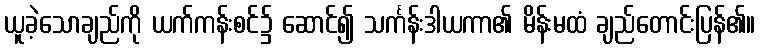
ယူခဲ့သောချည်ကို ယက်ကန်းစင်၌ ဆောင်၍ သင်္ကန်းဒါယကာ၏ မိန်းမထံ ချည်တောင်းပြန်၏။